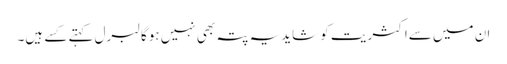
ان میں سےاکثریت کو شایدیہ پتہ بھی نہیں ہوگا لبرل کہتے کسے ہیں۔